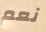
نعم